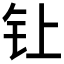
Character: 𰽙